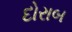
દોરાબ